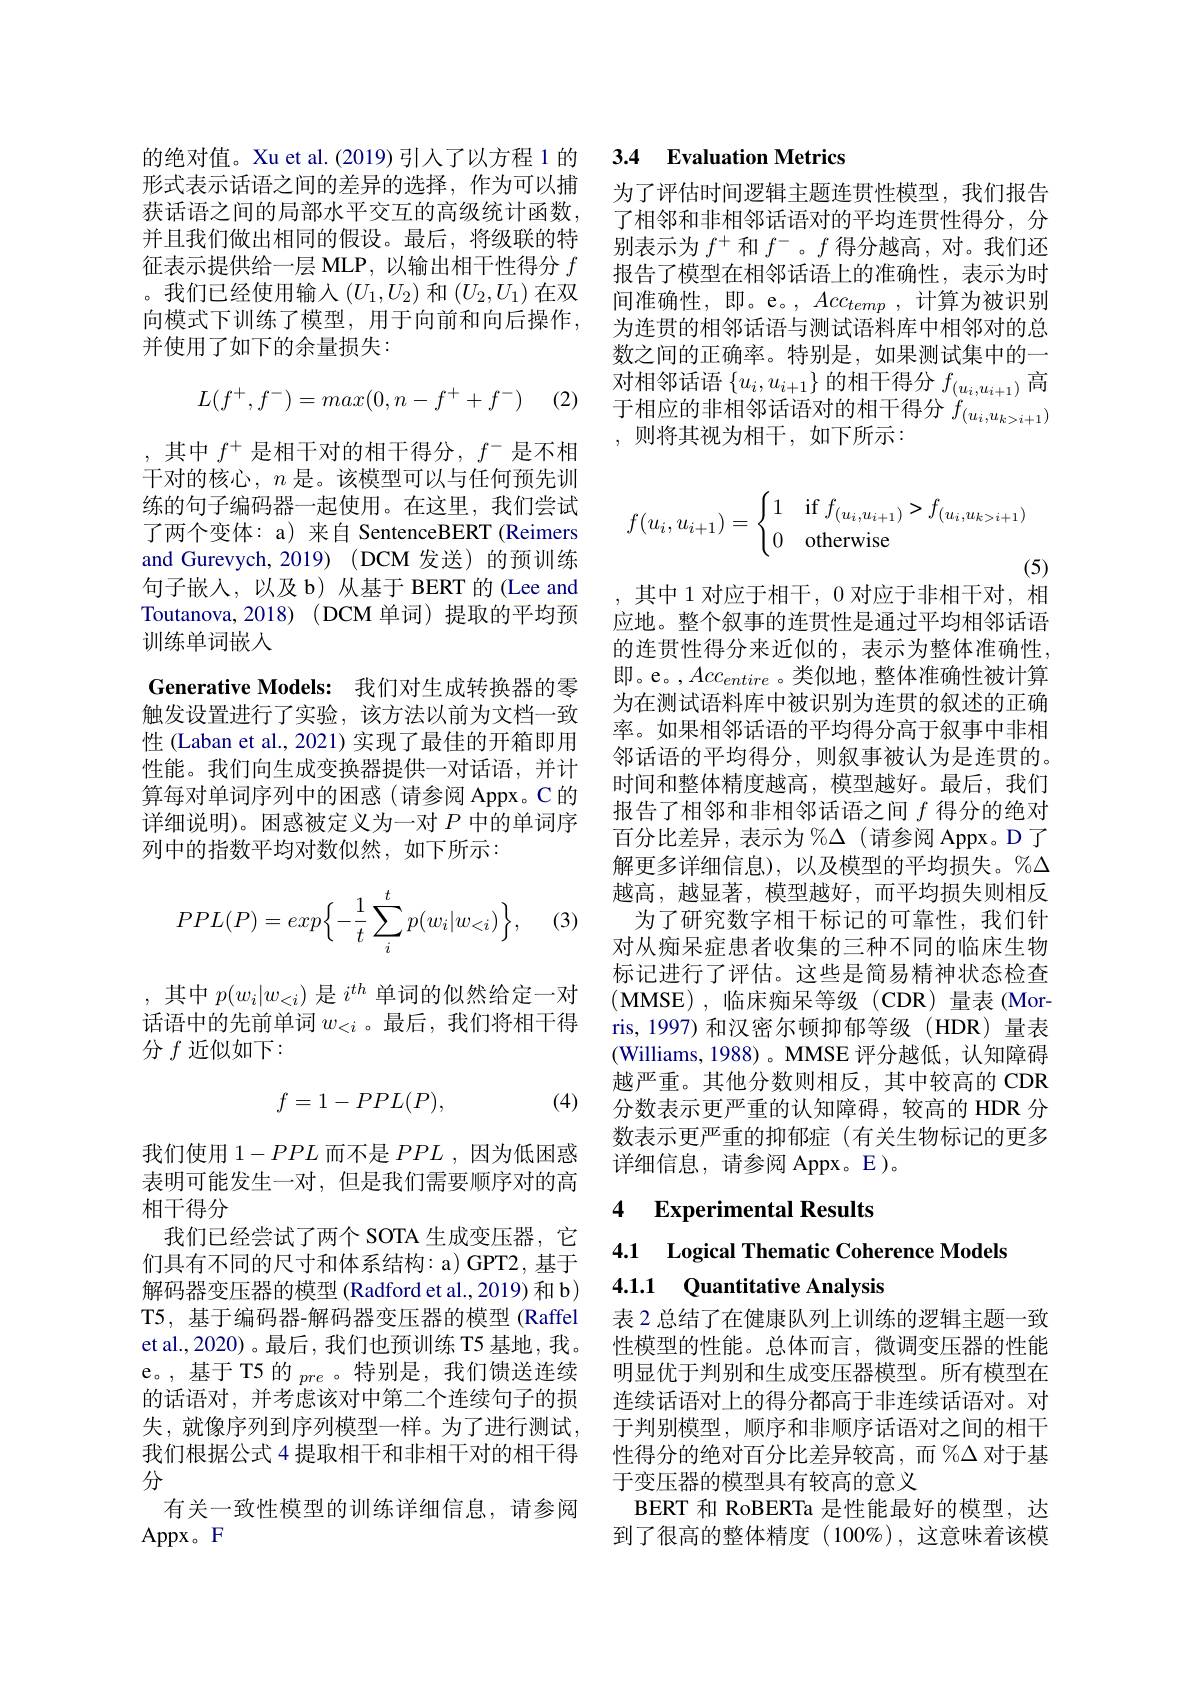
形式表示话语之间的差异的选择，作为可以捕获话语之间的局部水平交互的高级统计函数， 并且我们做出相同的假设。最后，将级联的特征表示提供给一层 MLP,以输出相干性得分$f$ 。我们已经使用输入$(U_1,U_2)$和$(U_2,U_1)$在双向模式下训练了模型，用于向前和向后操作， 并使用了如下的余量损失：
$$L(f^+,f^-)=max(0,n-f^++f^-)$$
(2)

,其中$f^+$是相干对的相干得分，$f^-$是不相干对的核心，$n$是。该模型可以与任何预先训练的句子编码器一起使用。在这里，我们尝试了两个变体：a) 来自 SentenceBERT (Reimers and Gurevych, 2019) (DCM 发送)的预训练句子嵌入，以及b)从基于 BERT 的(Lee and Toutanova, 2018) (DCM 单词) 提取的平均预训练单词嵌人
Generative Models: 我们对生成转换器的零触发设置进行了实验，该方法以前为文档一致性 (Laban et al., 2021) 实现了最佳的开箱即用性能。我们向生成变换器提供一对话语，并计算每对单词序列中的困惑(请参阅 Appx。C 的详细说明)。困惑被定义为一对$P$中的单词序列中的指数平均对数似然，如下所示：

(3)
$$PPL(P)=exp\Big\{-\frac{1}{t}\sum_{i}^{t}p(w_{i}|w_{<i})\Big\},$$
,其中$p(w_i|w_{<i})$是$i^{th}$单词的似然给定一对话语中的先前单词$w_<i$ 。最后，我们将相干得分 $f$ 近似如下：

(4)
$$f=1-PPL(P),$$
我们使用$1-PPL$而不是$PPL$,因为低困惑表明可能发生一对，但是我们需要顺序对的高相干得分
我们已经尝试了两个 SOTA 生成变压器，它们具有不同的尺寸和体系结构：a) GPT2, 基于解码器变压器的模型 (Radford et al.,2019) 和 b) T5, 基于编码器-解码器变压器的模型 (Raffel et al.,2020) 。最后 , 我们也预训练 T5 基地，我。e。,基于 T5 的$_{pre}$ 。特别是，我们馈送连续的话语对，并考虑该对中第二个连续句子的损失，就像序列到序列模型一样。为了进行测试， 我们根据公式 4 提取相干和非相干对的相干得分
有关一致性模型的训练详细信息，请参阅
Appx。F

## 的绝对值。Xu et al.(2019) 引人了以方程 1 的 3.4 Evaluation Metrics

为了评估时间逻辑主题连贯性模型，我们报告了相邻和非相邻话语对的平均连贯性得分，分别表示为$f^+$和$f^-$。$f$得分越高，对。我们还报告了模型在相邻话语上的准确性，表示为时间准确性，即。e。, $Acc_{temp}$,计算为被识别为连贯的相邻话语与测试语料库中相邻对的总数之间的正确率。特别是，如果测试集中的一对相邻话语$\{u_i,u_{i+1}\}$的相干得分$f_(u_i,u_{i+1})$高于 相 应 的 非 相 邻 话 语 对 的 相 干 得 分 $f_{( u_i, u_k> i+ 1) }$ 则 必 甘 视 并 却 工 如 下 所 =1 ,则将其视为相干，如下所示：
$$f(u_i,u_{i+1})=\begin{cases}1&\text{if}f_{(u_i,u_{i+1})}>f_{(u_i,u_{k>i+1})}\\0&\text{otherwise}\end{cases}$$
(5)
, 其中 1 对应于相干，0 对应于非相干对，相

应地。整个叙事的连贯性是通过平均相邻话语的连贯性得分来近似的，表示为整体准确性， 即。e。,$Acc_entire$。类似地，整体准确性被计算为在测试语料库中被识别为连贯的叙述的正确率。如果相邻话语的平均得分高于叙事中非相邻话语的平均得分，则叙事被认为是连贯的。时间和整体精度越高，模型越好。最后，我们报告了相邻和非相邻话语之间$f$得分的绝对百分比差异，表示为%$\Delta$(请参阅 Appx。D 了解更多详细信息),以及模型的平均损失。%$\Delta$ 越高，越显著，模型越好，而平均损失则相反
为了研究数字相干标记的可靠性，我们针对从痴呆症患者收集的三种不同的临床生物标记进行了评估。这些是简易精神状态检查(MMSE) , 临床痴呆等级(CDR)量表(Mor-1) ris,1997)和汉密尔顿抑郁等级(HDR)量表(Williams, 1988)。MMSE 评分越低，认知障碍越严重。其他分数则相反，其中较高的 CDR 分数表示更严重的认知障碍，较高的 HDR 分数表示更严重的抑郁症(有关生物标记的更多详细信息，请参阅 Appx。E )。

### 4 $\textbf{Experimental Results}$

4.1 Logical Thematic Coherence Models
### 4.1.1 Quantitative Analysis

表 2 总结了在健康队列上训练的逻辑主题一致性模型的性能。总体而言，微调变压器的性能明显优于判别和生成变压器模型。所有模型在连续话语对上的得分都高于非连续话语对。对于判别模型，顺序和非顺序话语对之间的相干性得分的绝对百分比差异较高，而 %$\Delta$对于基于变压器的模型具有较高的意义
BERT 和 RoBERTa 是性能最好的模型，达到了很高的整体精度(100%),这意味着该模